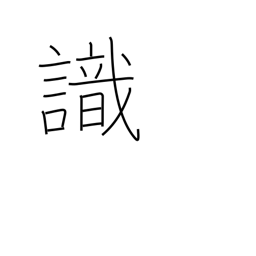
Meaning: know